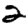
Digit: 2